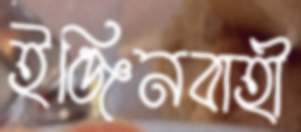
ইঞ্জিনবাহী